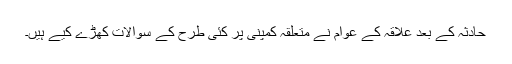
حادثہ کے بعد علاقہ کے عوام نے متعلقہ کمپنی پر کئی طرح کے سوالات کھڑے کیے ہیں۔